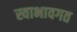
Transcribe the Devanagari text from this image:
स्वाभावगत